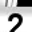
Digit: 2